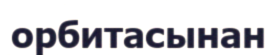
орбитасынан